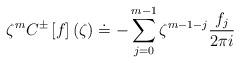
LaTeX: \begin{align*}\zeta^m C^\pm \left[ f \right](\zeta) \doteq- \sum_{j=0}^{m-1} \zeta^{m-1-j} \frac{f_j}{2 \pi i}\end{align*}